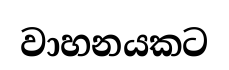
වාහනයකට